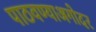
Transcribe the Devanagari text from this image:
पाठवण्याअगोदर